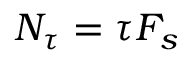
N _ { \tau } = \tau F _ { s }